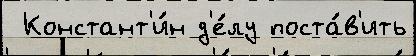
 Констант'и́н д'е́лу поста́в'ить